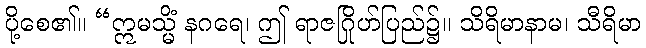
ပို့စေ၏။ “ဣမသ္မိံ နဂရေ၊ ဤ ရာဇဂြိုဟ်ပြည်၌။ သိရိမာနာမ၊ သီရိမာ